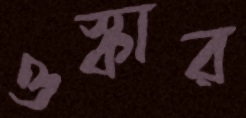
ওস্কার